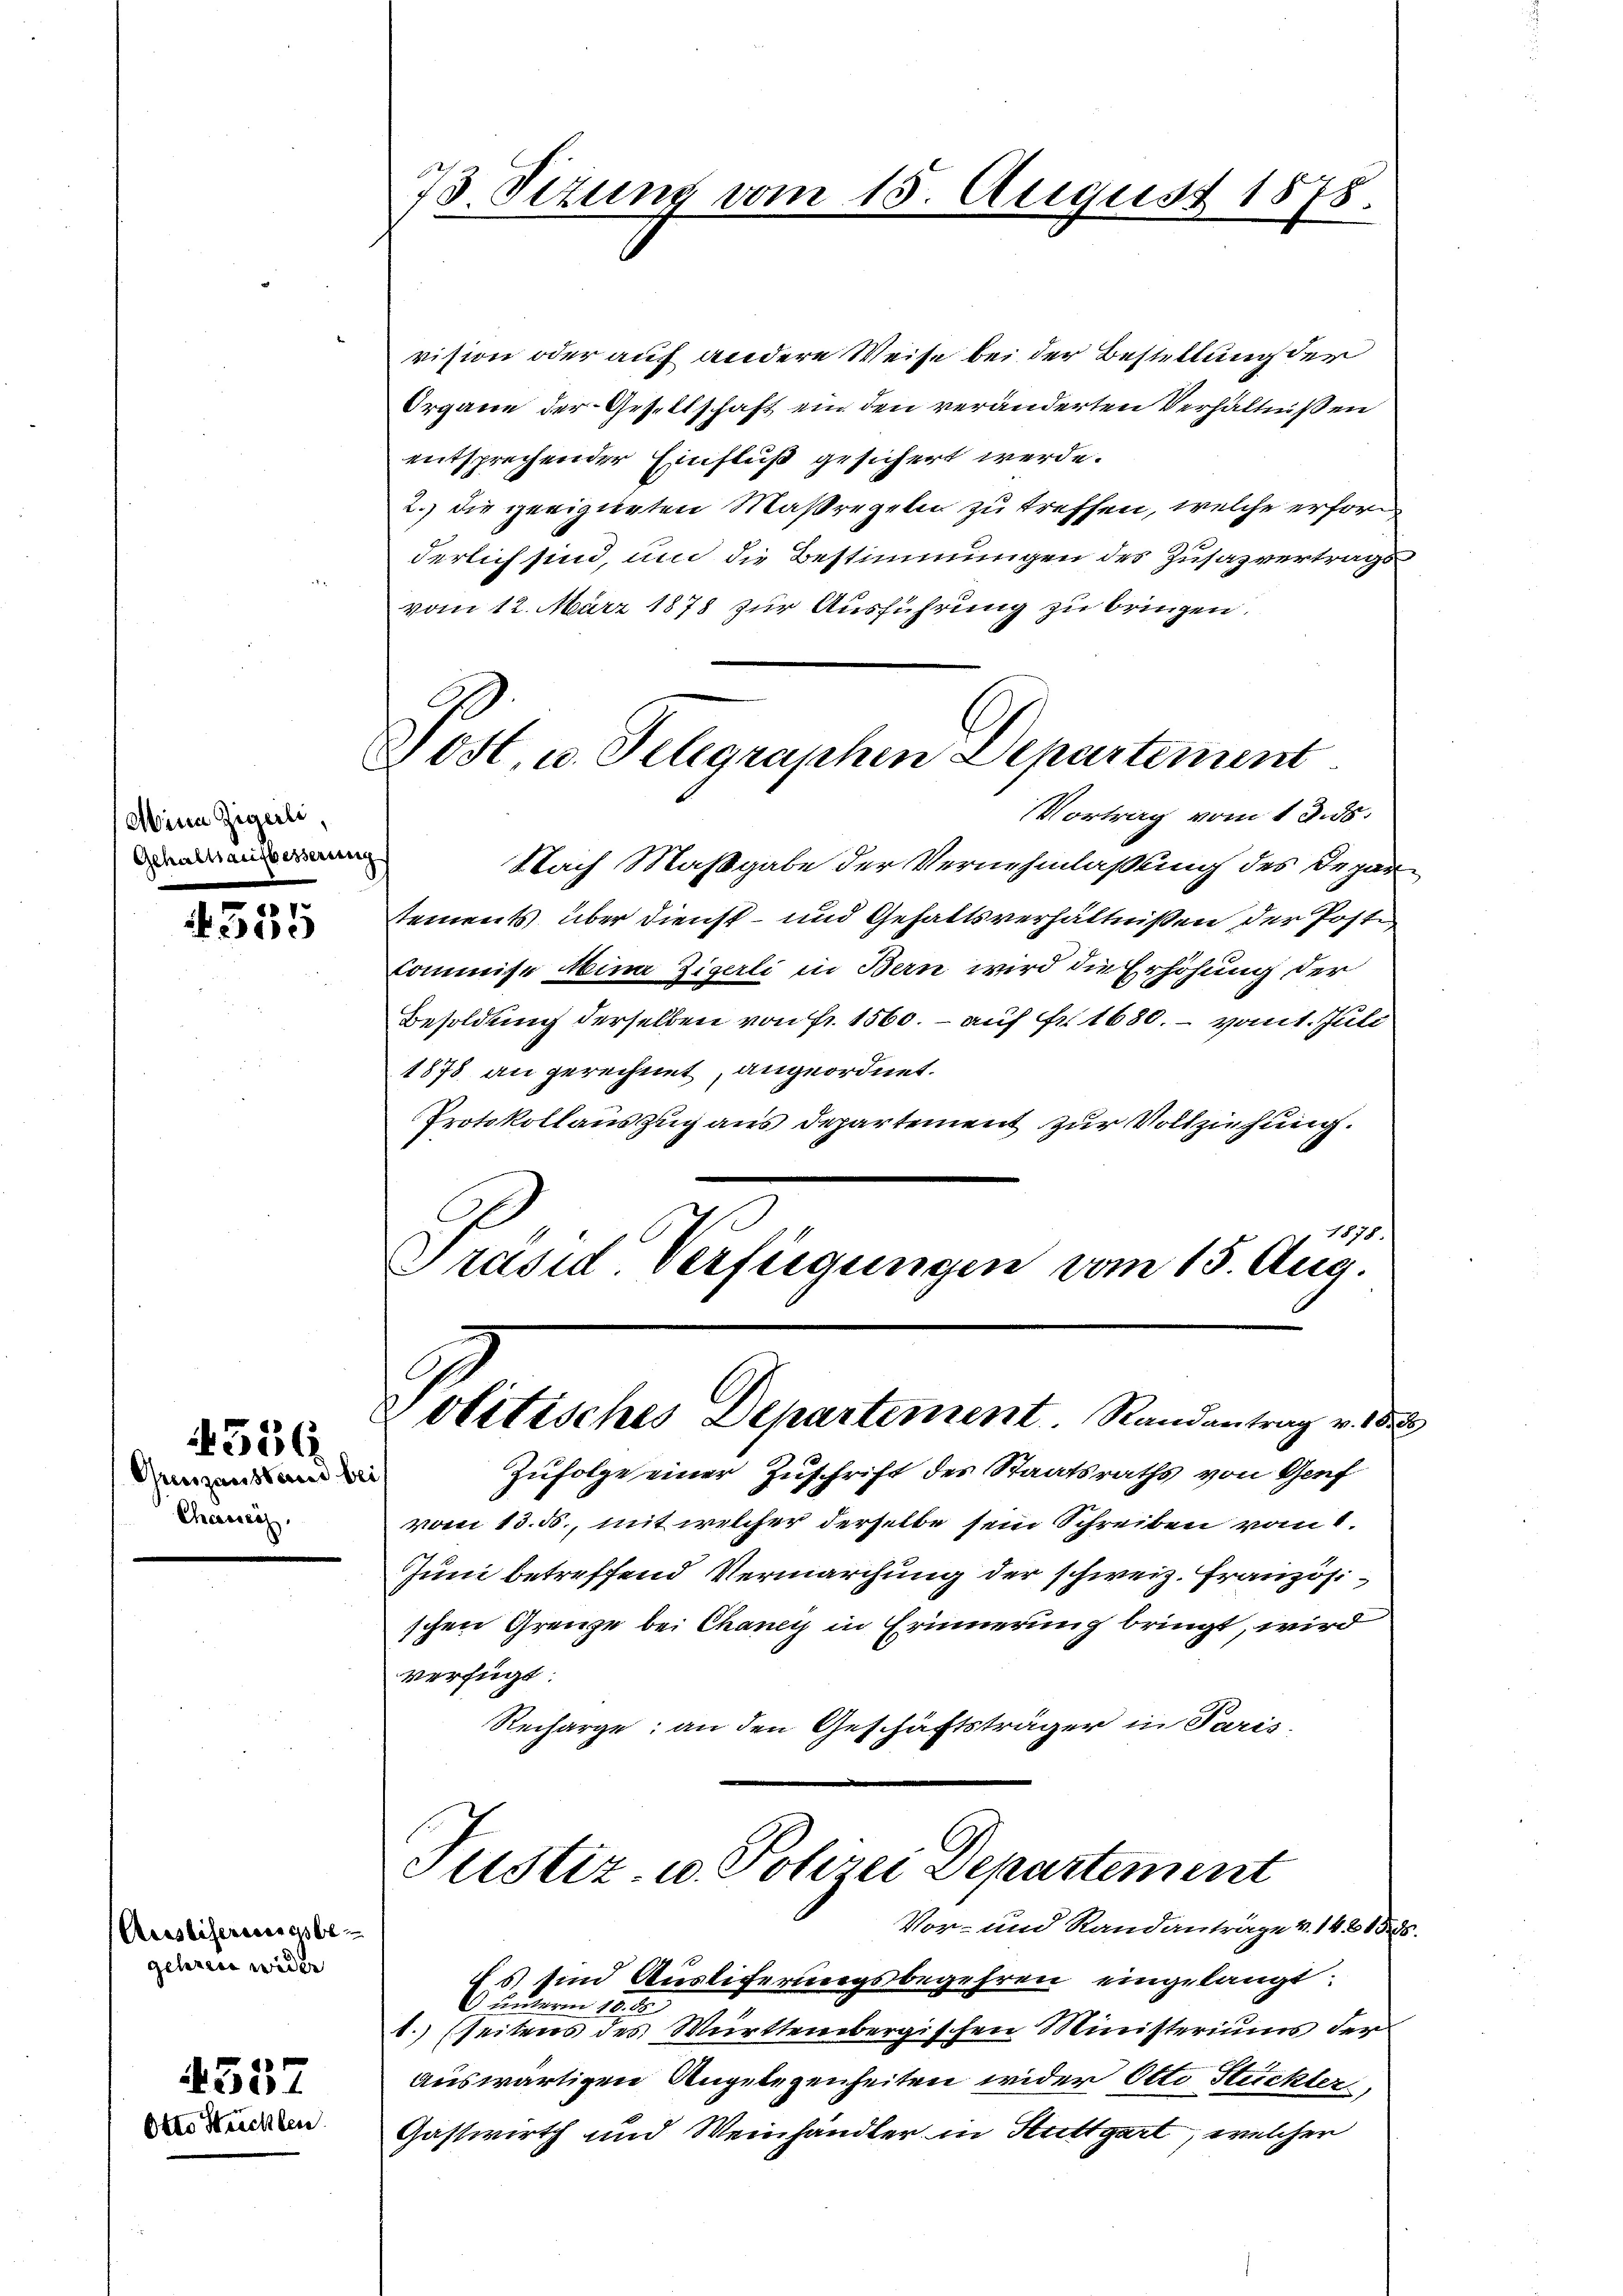
Mina Zigerli,
Gehaltsaufbesserung

555

Greiszausseres bei
Chassers.

vision oder auf andere Weise bei der Bestellung der
Organe der Gesellschaft ein den veränderten Verhältnißen
entsprechender Einfluß gesichert werde.
2.) die geeigneten Maßregeln zu treffen, welche erforderlich sind, und die Bestimmungen des Zusazvertrags
vom 12. März 1878 zur Ausführung zu bringen.
tements über dienst- und Gehaltsverhältnißen der Post,
Commise Mina Zigerli in Bern wird die Erhöhung der
Besoldung derselben von Fr. 1560. – auf Fr. 1680. – vom 1. Juli
1878 an gerechnet, angeordnet.
Protokollauszug aus Departement zur Vollziehung.
1878.
Präsid Verfügungen vom 15. Aug.

Auestifersessensbe-
gehren wider

4337
Otto Häcklen

556.

73 Sizung vom 15. August 1878.

Jost, u. Telegraphen Departement
Vortrag vom 13. ds.
Nach Maßgabe der Vernehmlaßung des Depar

Oletisches Departement. Randantrag v.
Zufolge einer Zuschrift des Staatsraths von Genf

vom 13. ds., mit welcher derselbe sein Schreiben vom 1.
Juni betreffend Vermarchung der schweiz. Französischen Grenze bei Chancy in Erinnerung bringt, wird
verfügt:
Recharge: an den Geschäftsträger in Paris-
Justiz u. Polizei Departement
Vor- und Randanträge v. 14. 61585
Es und Ausliferungsbegehren eingelangt:
 unterm 10. ds.
1. (seitens des Württembergischen Ministeriums der
auswärtigen Angelegenheiten wider Otto Steckter
Gastwirth und Weinhändler in Stuttgart, welcher